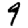
Digit: 9